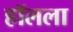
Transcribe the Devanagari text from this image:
हॉलला